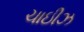
ચાઇીઝ